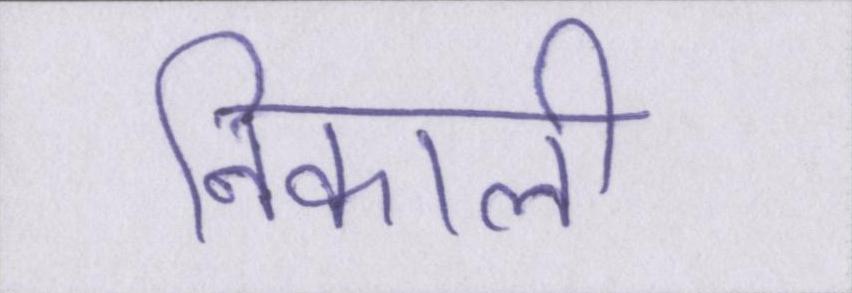
निकाली